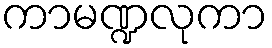
ကာမဏ္ဍလုကာ